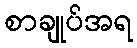
စာချုပ်အရ